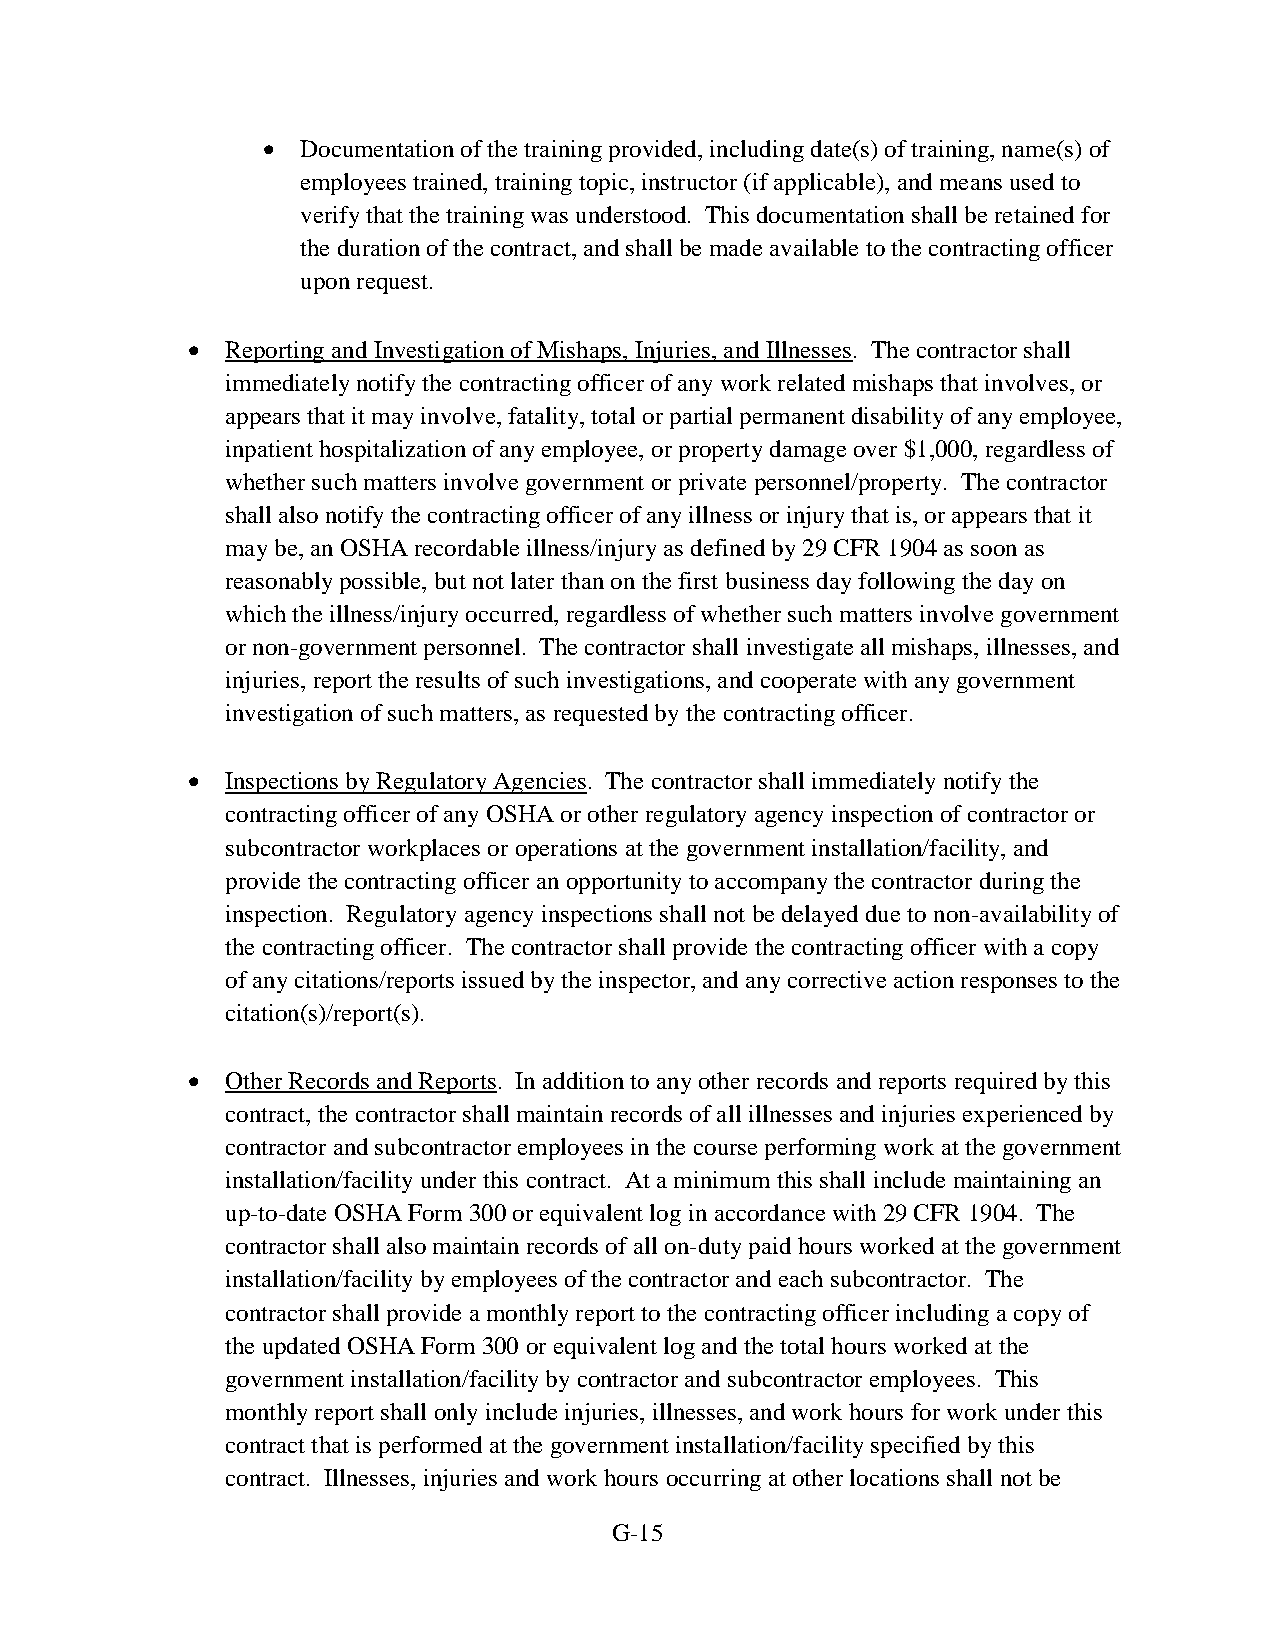
  Documentation of the training provided, including date(s) of training, name(s) of
 employees trained, training topic, instructor (if applicable), and means used to
 verify that the training was understood. This documentation shall be retained for
 the duration of the contract, and shall be made available to the contracting officer
 upon request.
   Reporting and Investigation of Mishaps, Injuries, and Illnesses. The contractor shall
 immediately notify the contracting officer of any work related mishaps that involves, or
 appears that it may involve, fatality, total or partial permanent disability of any employee,
 inpatient hospitalization of any employee, or property damage over $1,000, regardless of
 whether such matters involve government or private personnel/property. The contractor
 shall also notify the contracting officer of any illness or injury that is, or appears that it
 may be, an OSHA recordable illness/injury as defined by 29 CFR 1904 as soon as
 reasonably possible, but not later than on the first business day following the day on
 which the illness/injury occurred, regardless of whether such matters involve government
 or non-government personnel. The contractor shall investigate all mishaps, illnesses, and
 injuries, report the results of such investigations, and cooperate with any government
 investigation of such matters, as requested by the contracting officer.
   Inspections by Regulatory Agencies. The contractor shall immediately notify the
 contracting officer of any OSHA or other regulatory agency inspection of contractor or
 subcontractor workplaces or operations at the government installation/facility, and
 provide the contracting officer an opportunity to accompany the contractor during the
 inspection. Regulatory agency inspections shall not be delayed due to non-availability of
 the contracting officer. The contractor shall provide the contracting officer with a copy
 of any citations/reports issued by the inspector, and any corrective action responses to the
 citation(s)/report(s).
   Other Records and Reports. In addition to any other records and reports required by this
 contract, the contractor shall maintain records of all illnesses and injuries experienced by
 contractor and subcontractor employees in the course performing work at the government
 installation/facility under this contract. At a minimum this shall include maintaining an
 up-to-date OSHA Form 300 or equivalent log in accordance with 29 CFR 1904. The
 contractor shall also maintain records of all on-duty paid hours worked at the government
 installation/facility by employees of the contractor and each subcontractor. The
 contractor shall provide a monthly report to the contracting officer including a copy of
 the updated OSHA Form 300 or equivalent log and the total hours worked at the
 government installation/facility by contractor and subcontractor employees. This
 monthly report shall only include injuries, illnesses, and work hours for work under this
 contract that is performed at the government installation/facility specified by this
 contract. Illnesses, injuries and work hours occurring at other locations shall not be
 G-15